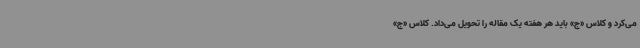
می‌کرد و کلاس «ج» باید هر هفته یک مقاله را تحویل می‌داد. کلاس «ج»